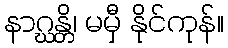
နာဂ္ဃန္တိ၊ မမှီ နိုင်ကုန်။